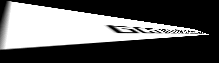
යෝගාවචරයාගේ